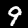
Label: 9